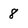
Character: 8